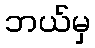
ဘယ်မှ